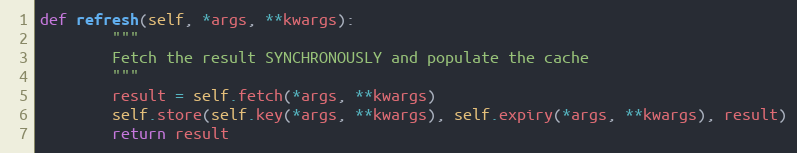
Language: Python
def refresh(self, *args, **kwargs):
        """
        Fetch the result SYNCHRONOUSLY and populate the cache
        """
        result = self.fetch(*args, **kwargs)
        self.store(self.key(*args, **kwargs), self.expiry(*args, **kwargs), result)
        return result